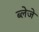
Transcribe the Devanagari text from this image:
ब्लेजे